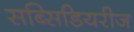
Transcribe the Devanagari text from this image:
सब्सिडियरीज